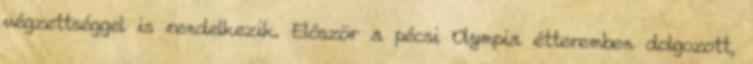
végzettséggel is rendelkezik. Elôször a pécsi Olympia étteremben dolgozott,